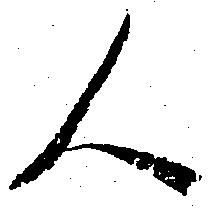
人